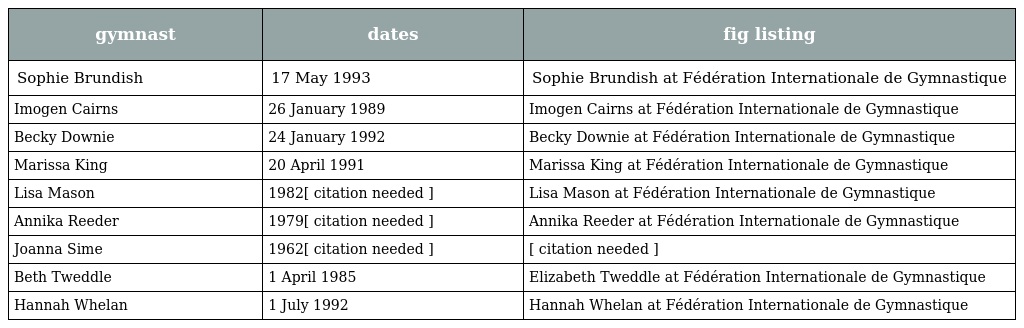
| gymnast | dates | fig listing |
 | --- | --- | --- |
 | Sophie Brundish | 17 May 1993 | Sophie Brundish at Fédération Internationale de Gymnastique |
 | Imogen Cairns | 26 January 1989 | Imogen Cairns at Fédération Internationale de Gymnastique |
 | Becky Downie | 24 January 1992 | Becky Downie at Fédération Internationale de Gymnastique |
 | Marissa King | 20 April 1991 | Marissa King at Fédération Internationale de Gymnastique |
 | Lisa Mason | 1982[ citation needed ] | Lisa Mason at Fédération Internationale de Gymnastique |
 | Annika Reeder | 1979[ citation needed ] | Annika Reeder at Fédération Internationale de Gymnastique |
 | Joanna Sime | 1962[ citation needed ] | [ citation needed ] |
 | Beth Tweddle | 1 April 1985 | Elizabeth Tweddle at Fédération Internationale de Gymnastique |
 | Hannah Whelan | 1 July 1992 | Hannah Whelan at Fédération Internationale de Gymnastique |